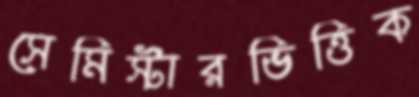
সেমিস্টারভিত্তিক